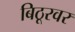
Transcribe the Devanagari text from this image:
बिठूरवर